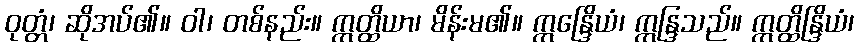
ဝုတ္တံ၊ ဆိုအပ်၏။ ဝါ၊ တစ်နည်း။ ဣတ္ထိယာ၊ မိန်းမ၏။ ဣန္ဒြေိယံ၊ ဣန္ဒြသည်။ ဣတ္ထိန္ဒြိယံ၊